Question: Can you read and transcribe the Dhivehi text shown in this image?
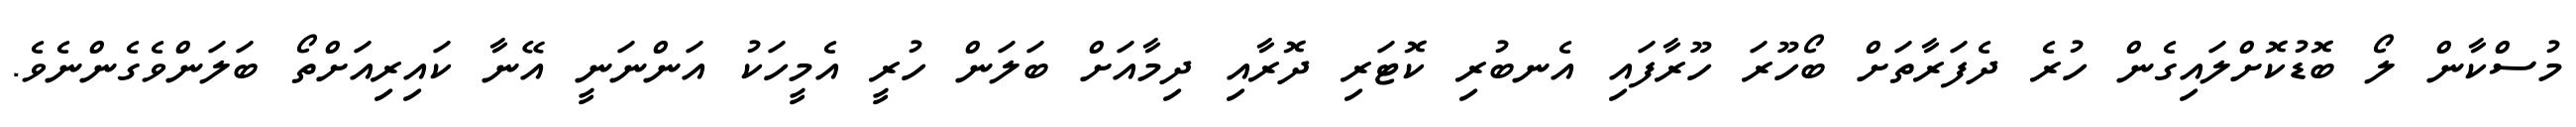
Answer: މުސްކާން ލޯ ބޮޑުކޮށްލައިގެން ހުރެ ދެފަރާތަށް ބޯހޫރަ ހޫރާފައި އެނބުރި ކޮޓަރި ދޮރާއި ދިމާއަށް ބަލަން ހުރީ އެމީހަކު އަންނަނީ އޭނާ ކައިރިއަށްތޯ ބަލަންވެގެންނެވެ.